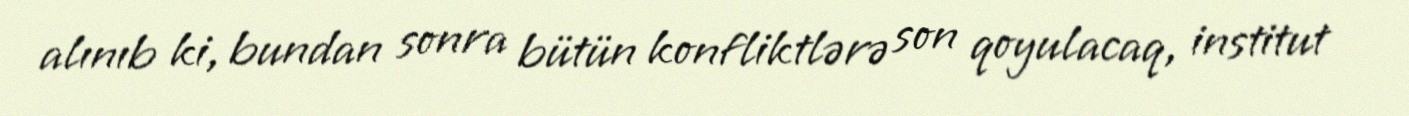
alınıb ki, bundan sonra bütün konfliktlərə son qoyulacaq, institut